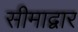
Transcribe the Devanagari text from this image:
सीमाद्वार